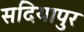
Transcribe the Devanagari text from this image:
सदियापुर